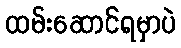
ထမ်းဆောင်ရမှာပဲ